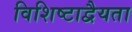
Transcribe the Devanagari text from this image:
विशिष्टाद्वैयता